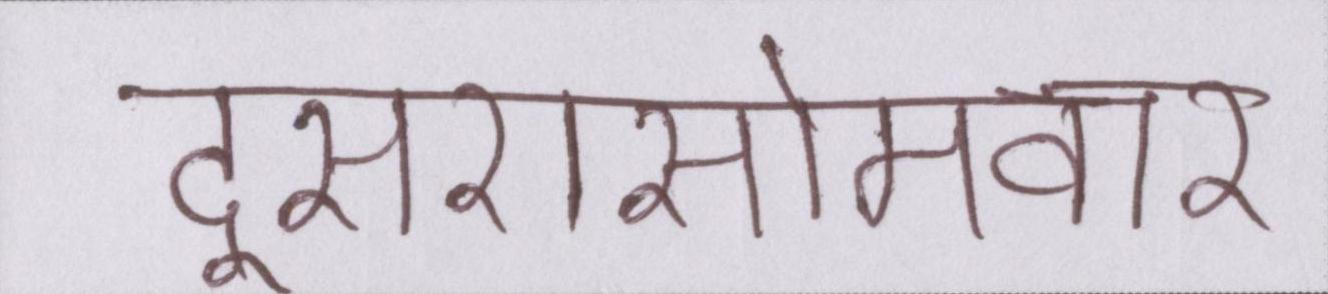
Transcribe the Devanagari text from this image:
दूसरासोमवार